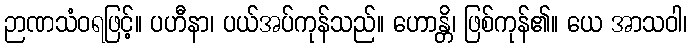
ဉာဏသံဝရဖြင့်။ ပဟီနာ၊ ပယ်အပ်ကုန်သည်။ ဟောန္တိ၊ ဖြစ်ကုန်၏။ ယေ အာသဝါ၊